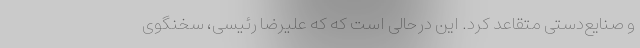
و صنایع‌دستی متقاعد کرد. این درحالی است که که علیرضا رئیسی، سخنگوی